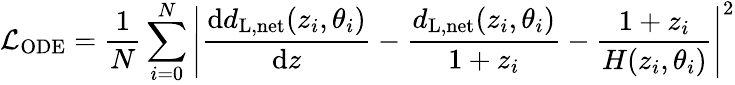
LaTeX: \mathcal{L}_{\mathrm{ODE}}=\frac{1}{N}\sum_{i=0}^{N}\left|\frac{\mathrm{d}d_{\mathrm{L,net}}(z_{i},\theta_{i})}{\mathrm{d}z}-\frac{d_{\mathrm{L,net}}(z_{i},\theta_{i})}{1+z_{i}}-\frac{1+z_{i}}{H(z_{i},\theta_{i})}\right|^{2}